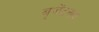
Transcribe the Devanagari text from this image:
बृजेंद्रनाथ